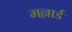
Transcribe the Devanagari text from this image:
मल्लार्ड